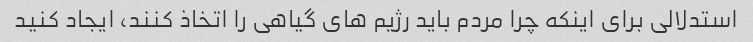
استدلالی برای اینکه چرا مردم باید رژیم های گیاهی را اتخاذ کنند، ایجاد کنید